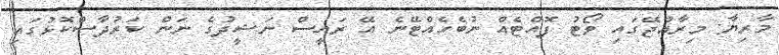
މާރިޔާ: މިރާއްޖޭގައި ވޯޓު ފޮއްޓެއް ނުބެހެއްޓޭނެ އޭ ރައީސް ނަޝީދުގެ ނަން ކަރުދާސްކޮޅުގައި